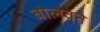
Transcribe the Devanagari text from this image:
बोलवते